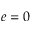
e = 0